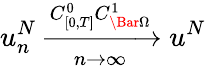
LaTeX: u_{n}^{N}\xrightarrow[n\rightarrow\infty]{C_{[0,T]}^{0}C_{\Bar{\Omega}}^{1}}u^{N}